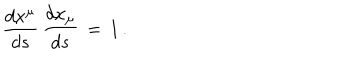
\frac { d x ^ { \mu } } { d s } \, \frac { d x _ { \mu } } { d s } \, = \, 1 \, { . }